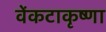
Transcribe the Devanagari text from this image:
वेंकटाकृष्णा